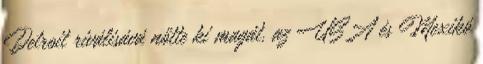
Detroit riválisává nőtte ki magát, az USA és Mexikó